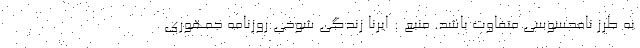
به طرز نامحسوسی متفاوت باشد. منبع : ایرنا زندگی شوخی روزنامه جمهوری